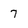
Character: 7